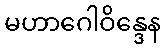
မဟာဂေါဝိန္ဒေန